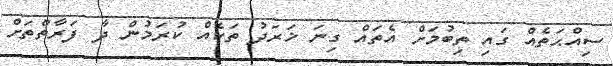
ސިއްޙަތެއް ގައި ތިބުމަށް އެތައް ގިނަ ޚަރަދު ތަކެއް ކުރަމުން ދާ ފަރާތްތަށް